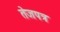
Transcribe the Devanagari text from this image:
तेजपत्र